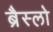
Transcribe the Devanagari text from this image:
ब्रैस्लो